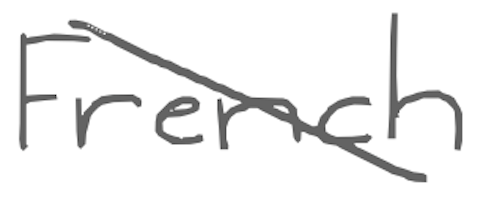
Text: French
Cross-out: diagonal
Writing tool: digital_gray